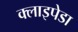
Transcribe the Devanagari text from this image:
क्लाइपेडा